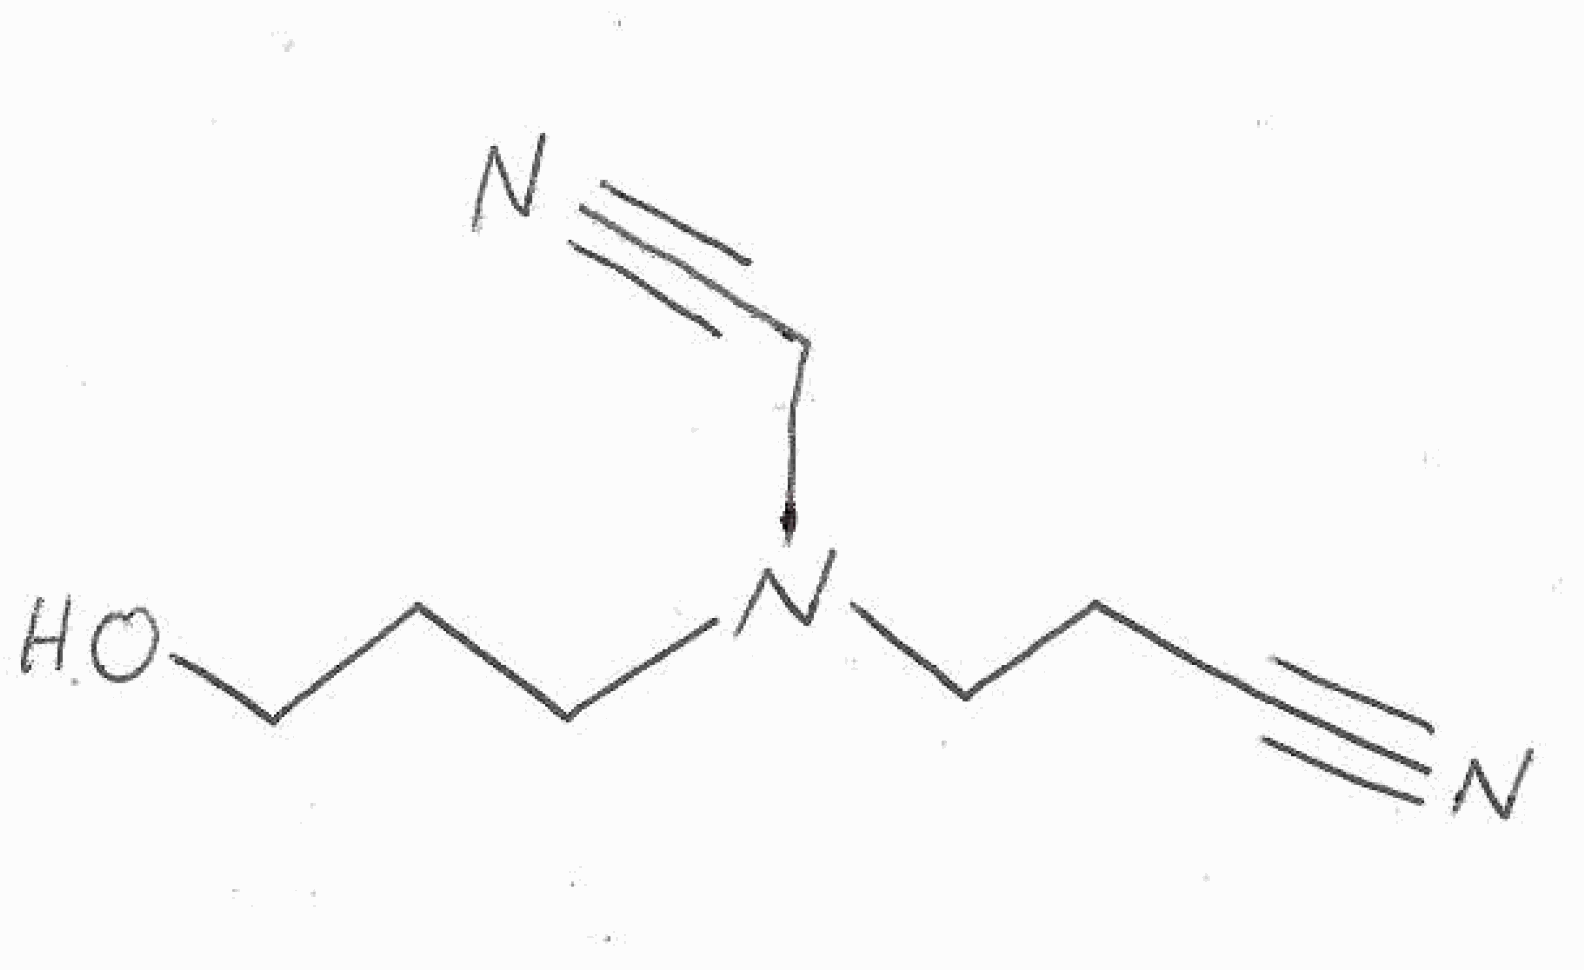
Simplified molecular-input line-entry system (SMILES) notation of the given molecule:
C(CN(CCC#N)CC#N)CO